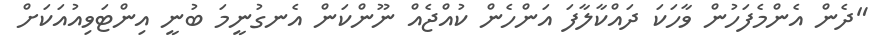
"ދެން އެންމެފަހުން ވާހަކަ ދައްކާލާފަ އަންހެން ކުއްޖެއް ނޫންކަން އެނގުނީމަ ބުނީ އިންޓަވިއުއަކަށް